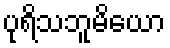
ပုရိသဘူမိယော